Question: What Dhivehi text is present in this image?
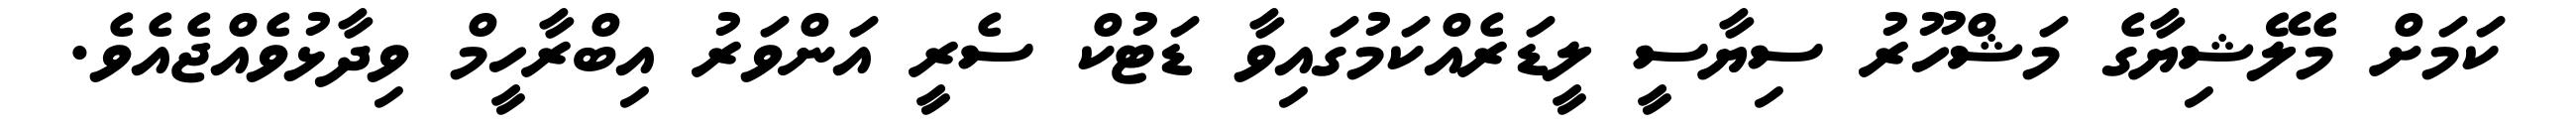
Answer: ކަމަށް މެލޭޝިޔާގެ މަޝްހޫރު ސިޔާސީ ލީޑަރެއްކަމުގައިވާ ޑަޓުކް ސެރީ އަންވަރު އިބްރާހީމް ވިދާޅުވެއްޖެއެވެ.